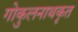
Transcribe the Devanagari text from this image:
गोकुलनाथकृत